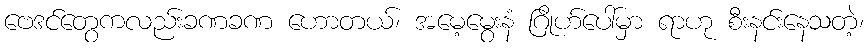
ဗေဒင်တွေကလည်းခဏခဏ ဟောတယ်၊ အမေ့မွေးနံ ဂြိုဟ်ပေါ်မှာ ရာဟု စီးနင်းနေသတဲ့၊